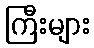
ကြီးများ